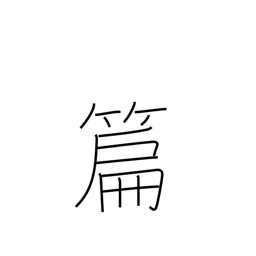
Meaning: compilation